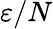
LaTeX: \varepsilon/N